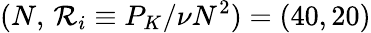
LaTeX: (N,\, \mathcal{R}_{i}\equiv P_{K}/\nu N^{2})=(40,20)